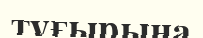
тұғырына